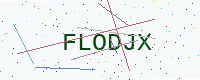
Text: FLODJX